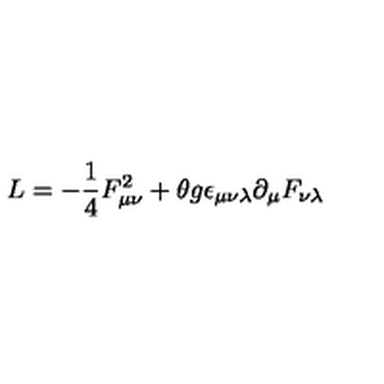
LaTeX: L = - \frac { 1 } { 4 } F _ { \mu \nu } ^ { 2 } + \theta g \epsilon _ { \mu \nu \lambda } \partial _ { \mu } F _ { \nu \lambda }